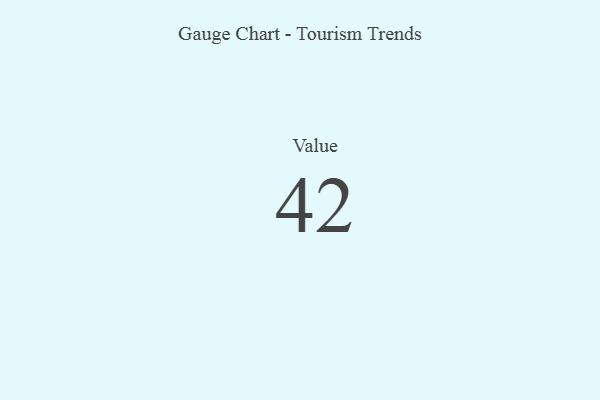
{"axis": {"x": "Metric", "y": "Value"}, "legend": [""], "data": [{"x": "Value", "y": 42, "type": ""}]}